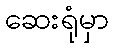
ဆေးရုံမှာ